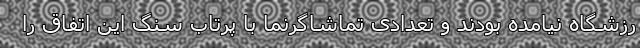
رزشگاه نیامده بودند و تعدادی تماشاگرنما با پرتاب سنگ این اتفاق را